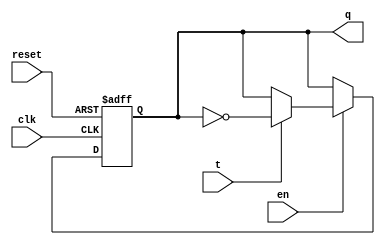
`timescale 1ns / 1ps
module T_FF(q, t, clk, reset, en);
input t, clk, reset, en;
output reg q;

//T flipflop
always@(posedge clk, posedge reset)
begin
        if (reset)
        q <= 1'b0;
        else if (en == 0)   
        q <= q;
        else if (t == 0)
        q <= q;
        else if (t == 1)
        q <= ~q;      
        else
        q <= q;
end
endmodule